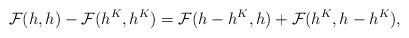
LaTeX: \begin{align*} \mathcal F(h, h) -\mathcal F(h^K, h^K)= \mathcal F(h-h^K, h) + \mathcal F(h^K, h-h^K), \end{align*}